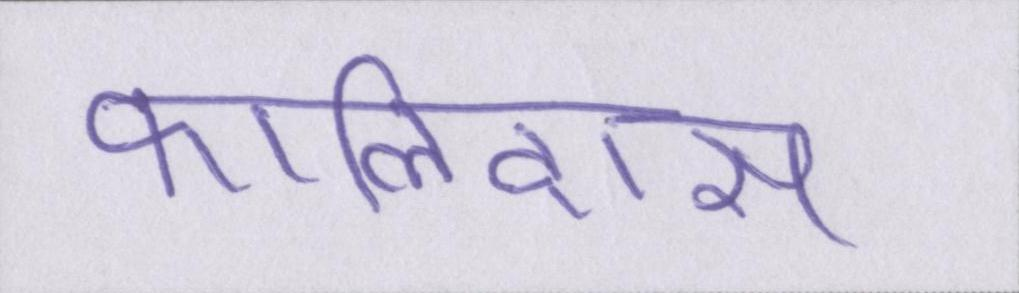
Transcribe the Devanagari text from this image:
कालिदास